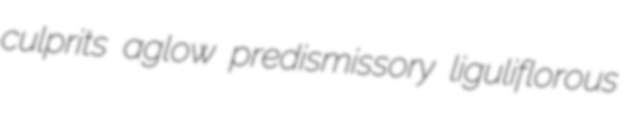
culprits aglow predismissory liguliflorous